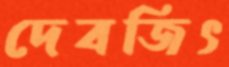
দেবজিৎ